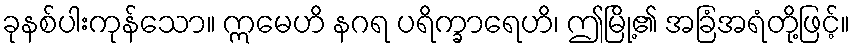
ခုနစ်ပါးကုန်သော။ ဣမေဟိ နဂရ ပရိက္ခာရေဟိ၊ ဤမြို့၏ အခြံအရံတို့ဖြင့်။